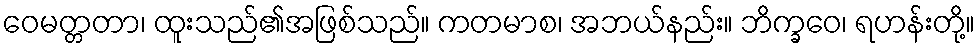
ဝေမတ္တတာ၊ ထူးသည်၏အဖြစ်သည်။ ကတမာစ၊ အဘယ်နည်း။ ဘိက္ခဝေ၊ ရဟန်းတို့။